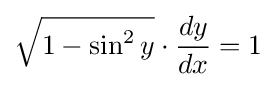
{\sqrt {1-\sin ^{2}y}}\cdot {dy \over dx}=1